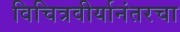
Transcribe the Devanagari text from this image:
विचित्रवीर्यानंतरचा